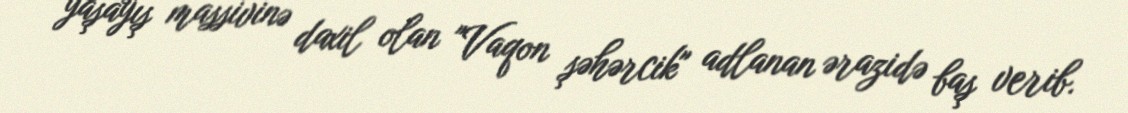
yaşayış massivinə daxil olan "Vaqon şəhərcik" adlanan ərazidə baş verib.